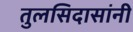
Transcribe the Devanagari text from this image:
तुलसिदासांनी